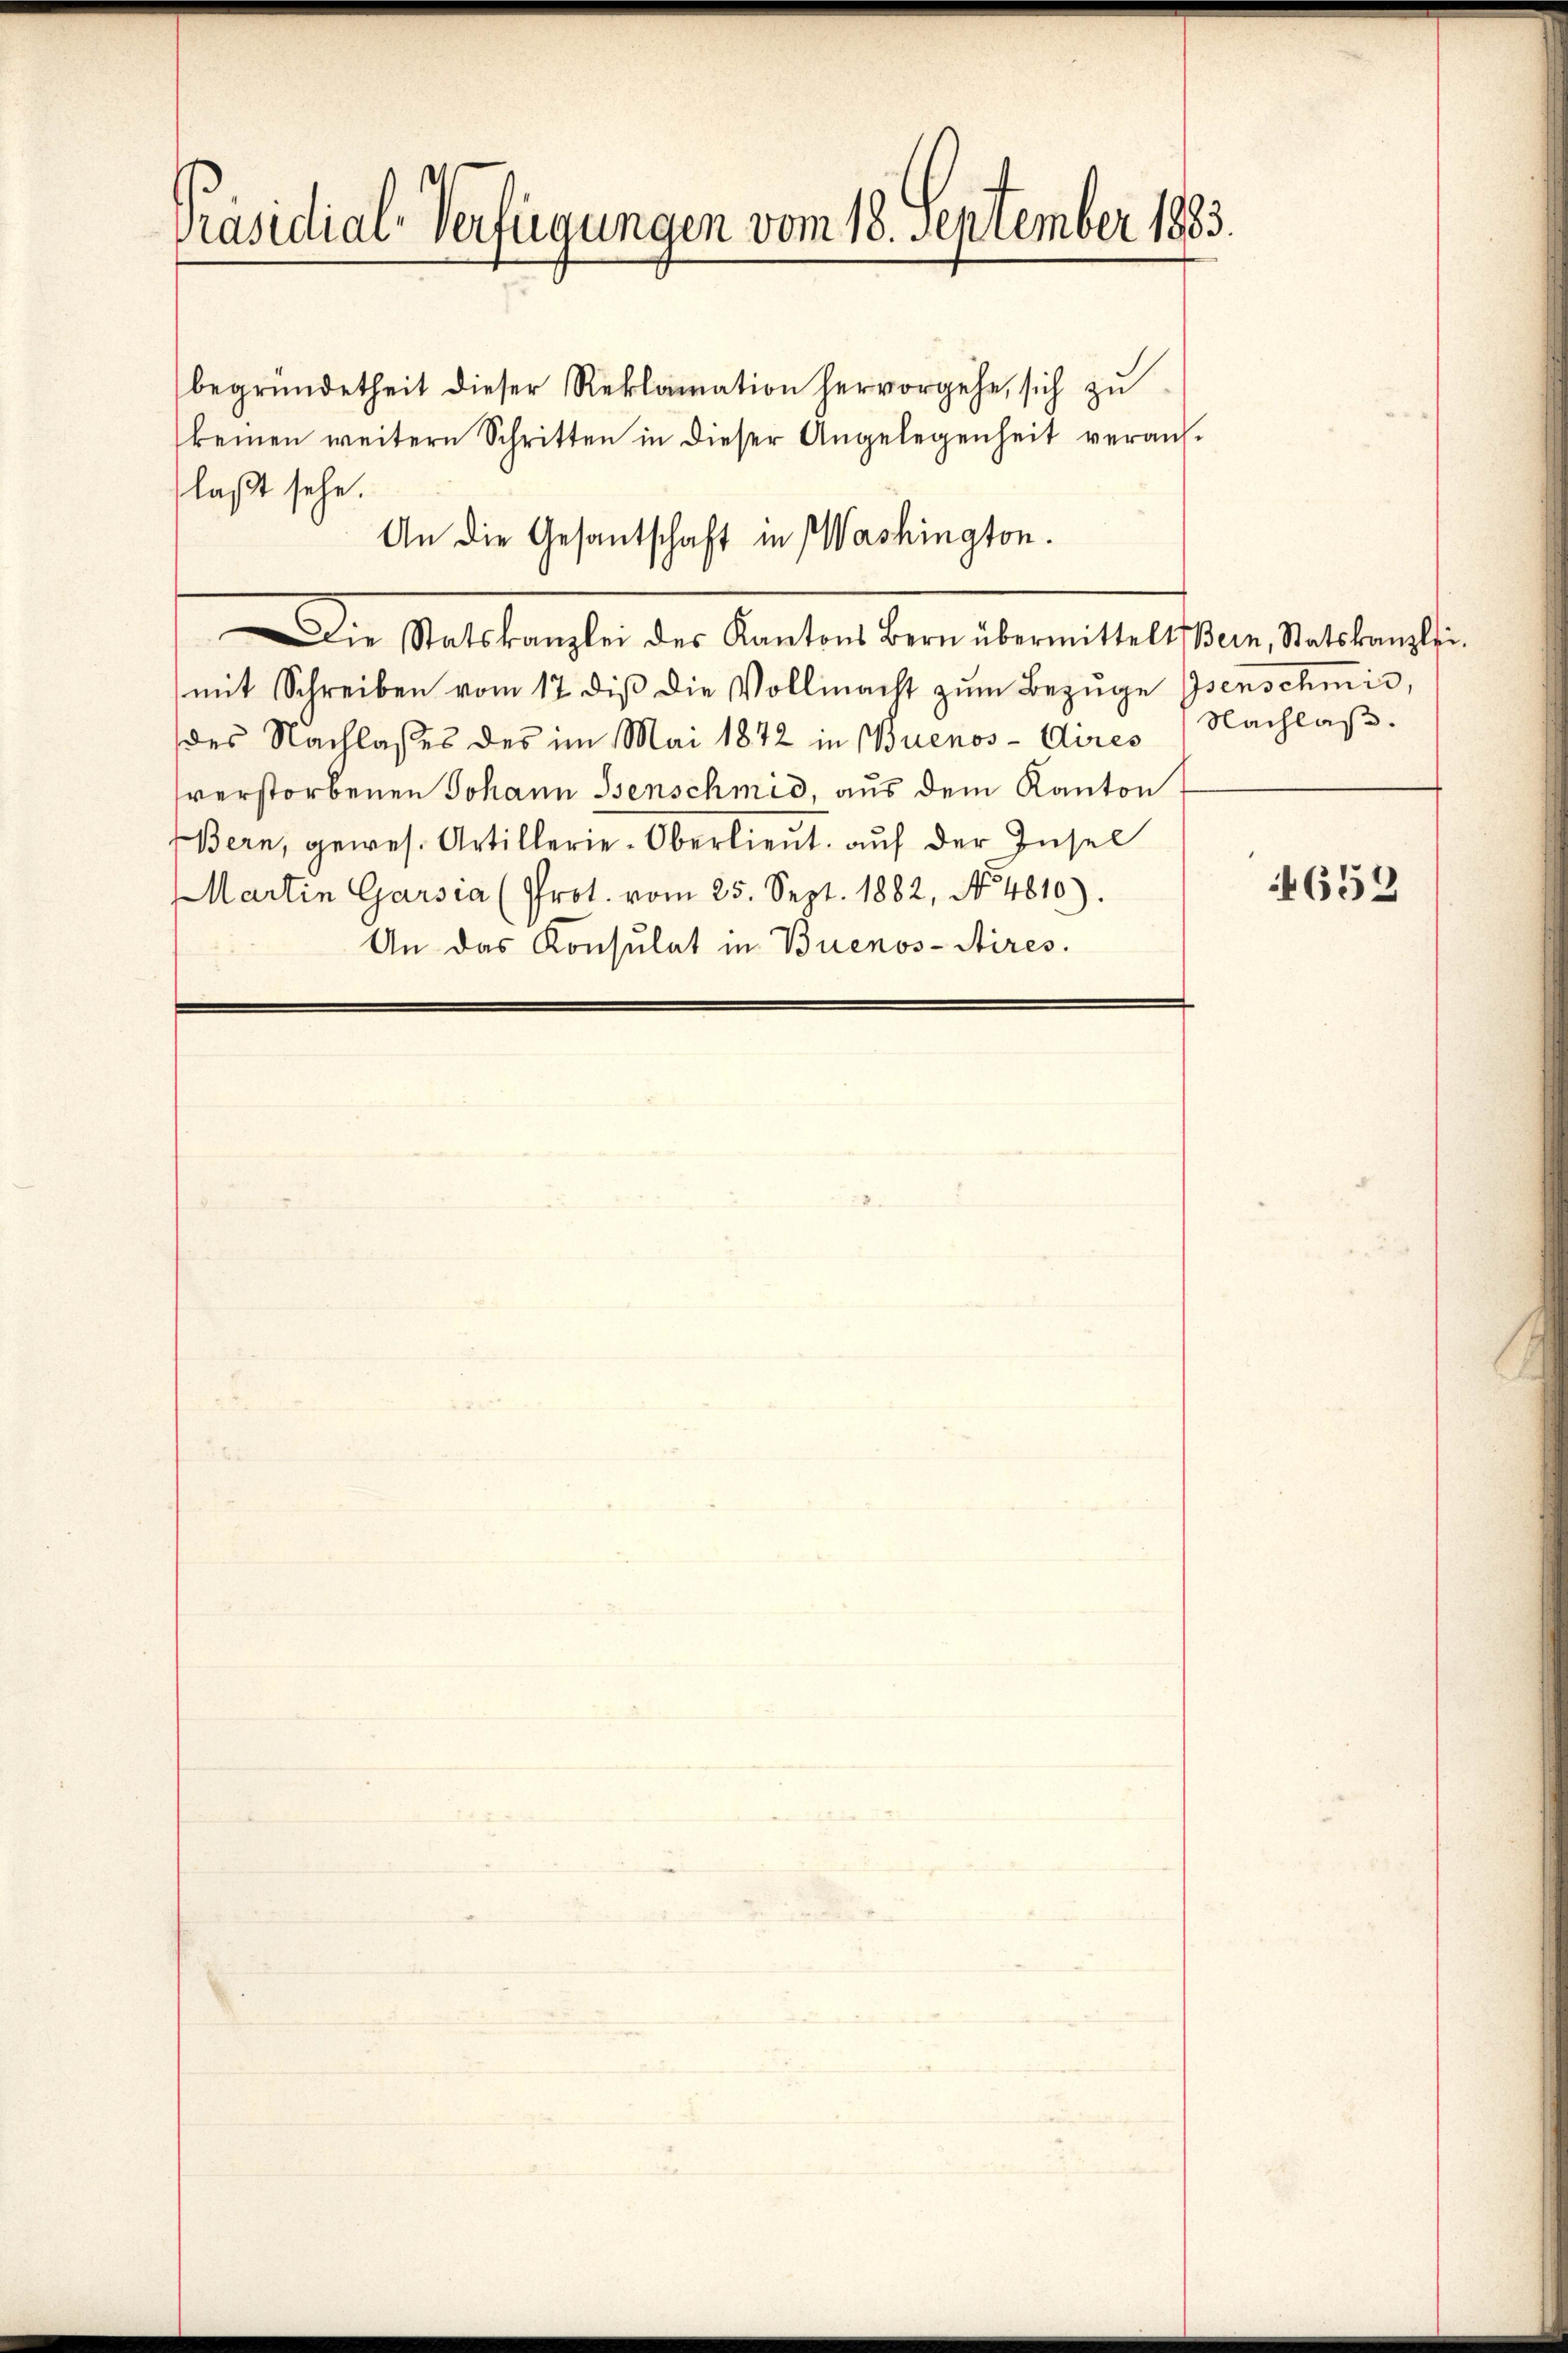
Präsidial-Verfügungen vom 18. September 1883.

An die Gesantschaft in Washington.

begründetheit dieser Reklamation hervorgehe, sich zu
keinen weitern Schritten in dieser Angelegenheit verans-
laßt sehe.
Wie state kranchen der Kantons berin abermeistetes der Salatane ein
mit Schreiben vom 17 des die Vollmacht zŭm Bezŭge Isenschmid,
des Nachlasses des im Mai 1872 in Buenos-Aires Nachlaß.
sverstorbenen Johann Isenschmid, aus dem Kanton
Bern, gewes. Artillerie-Oberlieŭt. auf der Insel
Martin Garsia (Prot. vom 25. Sept. 1882, No. 4810).
An das Konsulat in Buenos-Aires.

4653